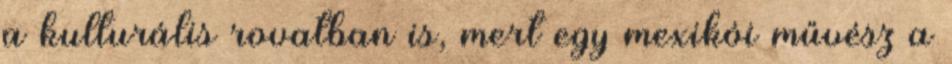
a kulturális rovatban is, mert egy mexikói művész a